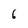
Character: 6